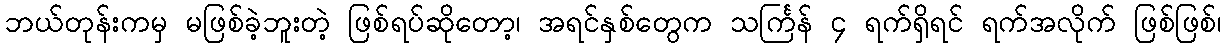
ဘယ်တုန်းကမှ မဖြစ်ခဲ့ဘူးတဲ့ ဖြစ်ရပ်ဆိုတော့၊ အရင်နှစ်တွေက သင်္ကြန် ၄ ရက်ရှိရင် ရက်အလိုက် ဖြစ်ဖြစ်၊